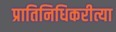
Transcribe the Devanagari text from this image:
प्रातिनिधिकरीत्या